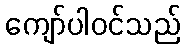
ကျော်ပါဝင်သည်